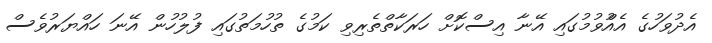
އެދުވަހުގެ އެއްުވުމުގައި އޭނާ އިސްކޮށް ހަރަކާތްތެރިވި ކަމުގެ ތުހުމަތުގައި ފުލުހުން އޭނަ ހައްޔަރުވެސް